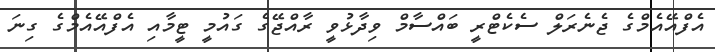
އެފްއޭއެމްގެ ޖެނެރަލް ސެކެޓްރީ ބައްސާމް ވިދާޅުވީ ރާއްޖޭގެ ގައުމީ ޓީމާއި އެފްއޭއެމްގެ ގިނަ